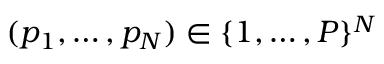
( p _ { 1 } , \dotsc , p _ { N } ) \in \{ 1 , \dotsc , P \} ^ { N }